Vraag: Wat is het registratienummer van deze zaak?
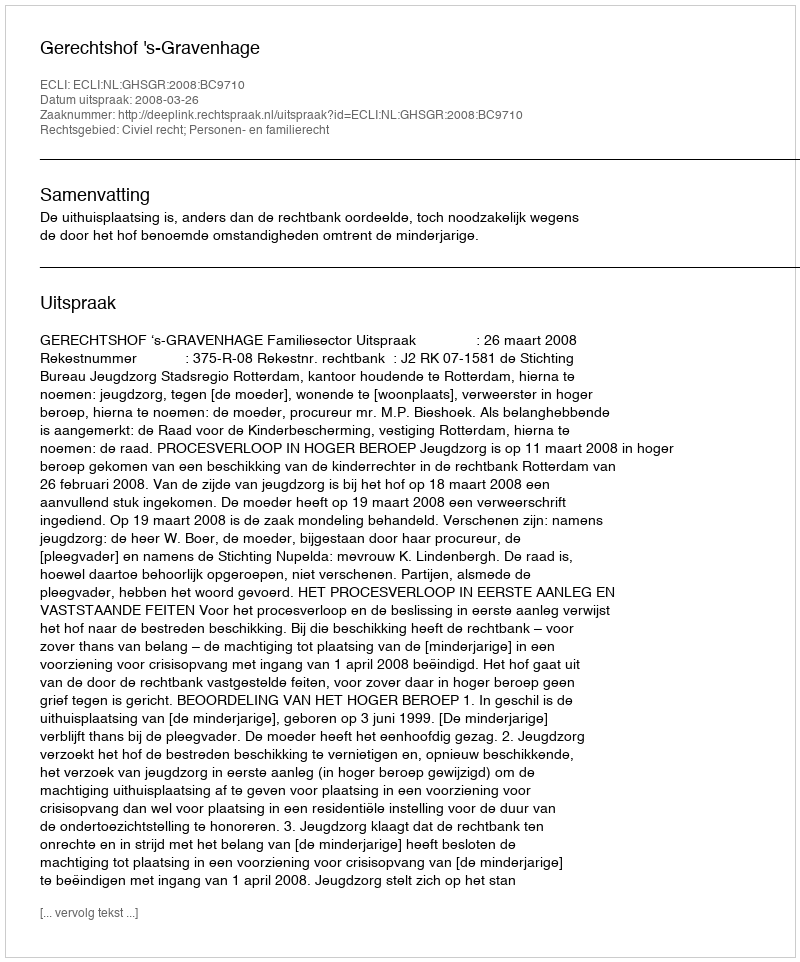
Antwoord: http://deeplink.rechtspraak.nl/uitspraak?id=ECLI:NL:GHSGR:2008:BC9710